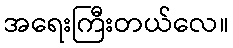
အရေးကြီးတယ်လေ။